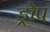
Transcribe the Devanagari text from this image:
ड्रोप